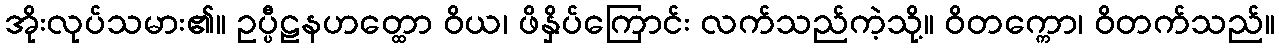
အိုးလုပ်သမား၏။ ဥပ္ပီဠနဟတ္ထော ဝိယ၊ ဖိနှိပ်ကြောင်း လက်သည်ကဲ့သို့။ ဝိတက္ကော၊ ဝိတက်သည်။